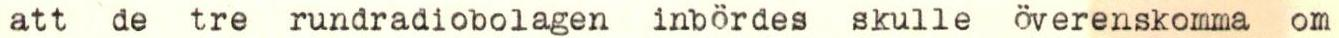
att de tre rundradiobolagen inbördes skulle överenskomma om